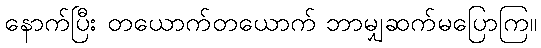
နောက်ပြီး တယောက်တယောက် ဘာမျှဆက်မပြောကြ။